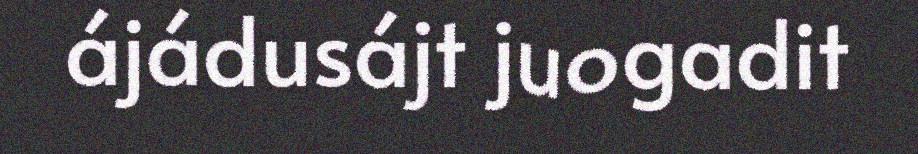
ájádusájt juogadit